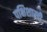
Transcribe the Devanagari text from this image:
पक्षिशास्त्री